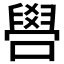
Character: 𠿟